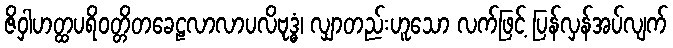
ဇိဝှါဟတ္ထပရိဝတ္တိတခေဠလာလာပလိဗုဒ္ဓံ၊ လျှာတည်းဟူသော လက်ဖြင့် ပြန်လှန်အပ်လျက်